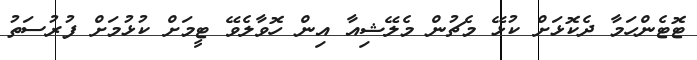
ޓޮޓެންހަމާ ދެކޮޅަށް ކުޅޭ މެޗުން މެލޭޝިއާ އިން ހޮވާލެވޭ ޓީމަށް ކުޅުމަށް ފުރުސަތު